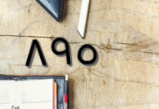
٨٩٥